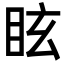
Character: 眩